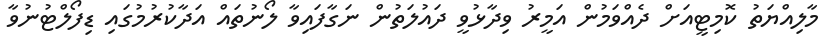
މާލިއްޔަތު ކޮމިޓީއަށް ދެއްވަމުން އަމީރު ވިދާޅުވީ ދައުލަތުން ނަގާފައިވާ ލޯނުތައް އަދާކުރުމުގައި ޑިފޯލްޓުނުވާ